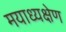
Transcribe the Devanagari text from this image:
मयाध्यक्षेण